Reports on military cantonments and civil stations in the Presidency of Bombay inspected by the Sanitary Commissioner in the years 1875 and 1876
Year: 1875
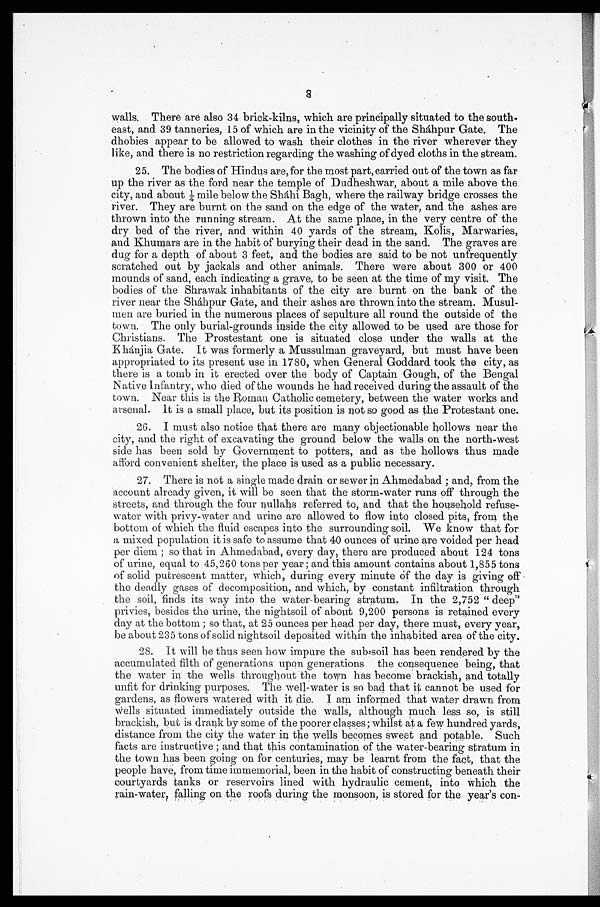
8
walls. There are also 34 brick-kilns, which are principally situated to the south
-east, and 39 tanneries, 15 of which are in the vicinity of the Sháhpur Gate. The
dhobies appear to be allowed to wash their clothes in the river wherever they
like, and there is no restriction regarding the washing of dyed cloths in the stream.
25. The bodies of Hindus are, for the most part, carried out of the town as far
up the river as the ford near the temple of Dudheshwar, about a mile above the
city, and about ¼ mile below the Sháhi Bagh, where the railway bridge crosses the
river. They are burnt on the sand on the edge of the water, and the ashes are
thrown into the running stream. At the same place, in the very centre of the
dry bed of the river, and within 40 yards of the stream, Kolis, Marwaries,
and Khumars are in the habit of burying their dead in the sand. The graves are
dug for a depth of about 3 feet, and the bodies are said to be not unfrequently
scratched out by jackals and other animals. There were about 300 or 400
mounds of sand, each indicating a grave, to be seen at the time of my visit. The
bodies of the Shrawak inhabitants of the city are burnt on the bank of the
river near the Sháhpur Gate, and their ashes are thrown into the stream. Musul
-men are buried in the numerous places of sepulture all round the outside of the
town. The only burial-grounds inside the city allowed to be used are those for
Christians. The Prostestant one is situated close under the walls at the
Khánjia Gate. It was formerly a Mussulman graveyard, but must have been
appropriated to its present use in 1780, when General Goddard took the city, as
there is a tomb in it erected over the body of Captain Gough, of the Bengal
Native Infantry, who died of the wounds he had received during the assault of the
town. Near this is the Roman Catholic cemetery, between the water works and
arsenal. It is a small place, but its position is not so good as the Protestant one.
26. I must also notice that there are many objectionable hollows near the
city, and the right of excavating the ground below the walls on the north-west
side has been sold by Government to potters, and as the hollows thus made
a f f o r d c o n v e n i e n t s h e l t e r , t h e p l a c e i s u s e d a s a p u b l i c n e c e s s a r y .
27. There is not a single made drain or sewer in Ahmedabad; and, from the
account already given, it will be seen that the storm-water runs off through the
streets, and through the four nullahs referred to, and that the household refuse-
water with privy-water and urine are allowed to flow into closed pits, from the
bottom of which the fluid escapes into the surrounding soil. We know that for
a mixed population it is safe to assume that 40 ounces of urine are voided per head
per diem; so that in Ahmedabad, every day, there are produced about 124 tons
of urine, equal to 45,260 tons per year; and this amount contains about 1,855 tons
of solid putrescent matter, which, during every minute of the day is giving off
the deadly gases of decomposition, and which, by constant infiltration through
the soil, finds its way into the water-bearing stratum. In the 2,752 "deep"
privies, besides the urine, the nightsoil of about 9,200 persons is retained every
day at the bottom; so that, at 25 ounces per head per day, there must, every year,
be about 235 tons of solid nightsoil deposited within the inhabited area of the city.
28. It will be thus seen how impure the subsoil has been rendered by the
accumulated filth of generations upon generations the consequence being, that
the water in the wells throughout the town has become brackish, and totally
unfit for drinking purposes. The well-water is so bad that it cannot be used for
gardens, as flowers watered with it die. I am informed that water drawn from
wells situated immediately outside the walls, although much less so, is still
brackish, but is drank by some of the poorer classes; whilst at a few hundred yards,
distance from the city the water in the wells becomes sweet and potable. Such
facts are instructive; and that this contamination of the water-bearing stratum in
the town has been going on for centuries, may be learnt from the fact, that the
people have, from time immemorial, been in the habit of constructing beneath their
courtyards tanks or reservoirs lined with hydraulic cement, into which the
rain-water, falling on the roofs during the monsoon, is stored for the year's con-